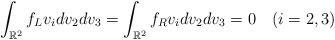
LaTeX: \begin{align*}\int_{\mathbb{R}^2}f_Lv_idv_2dv_3=\int_{\mathbb{R}^2}f_Rv_idv_2dv_3=0 \quad(i=2,3)\end{align*}